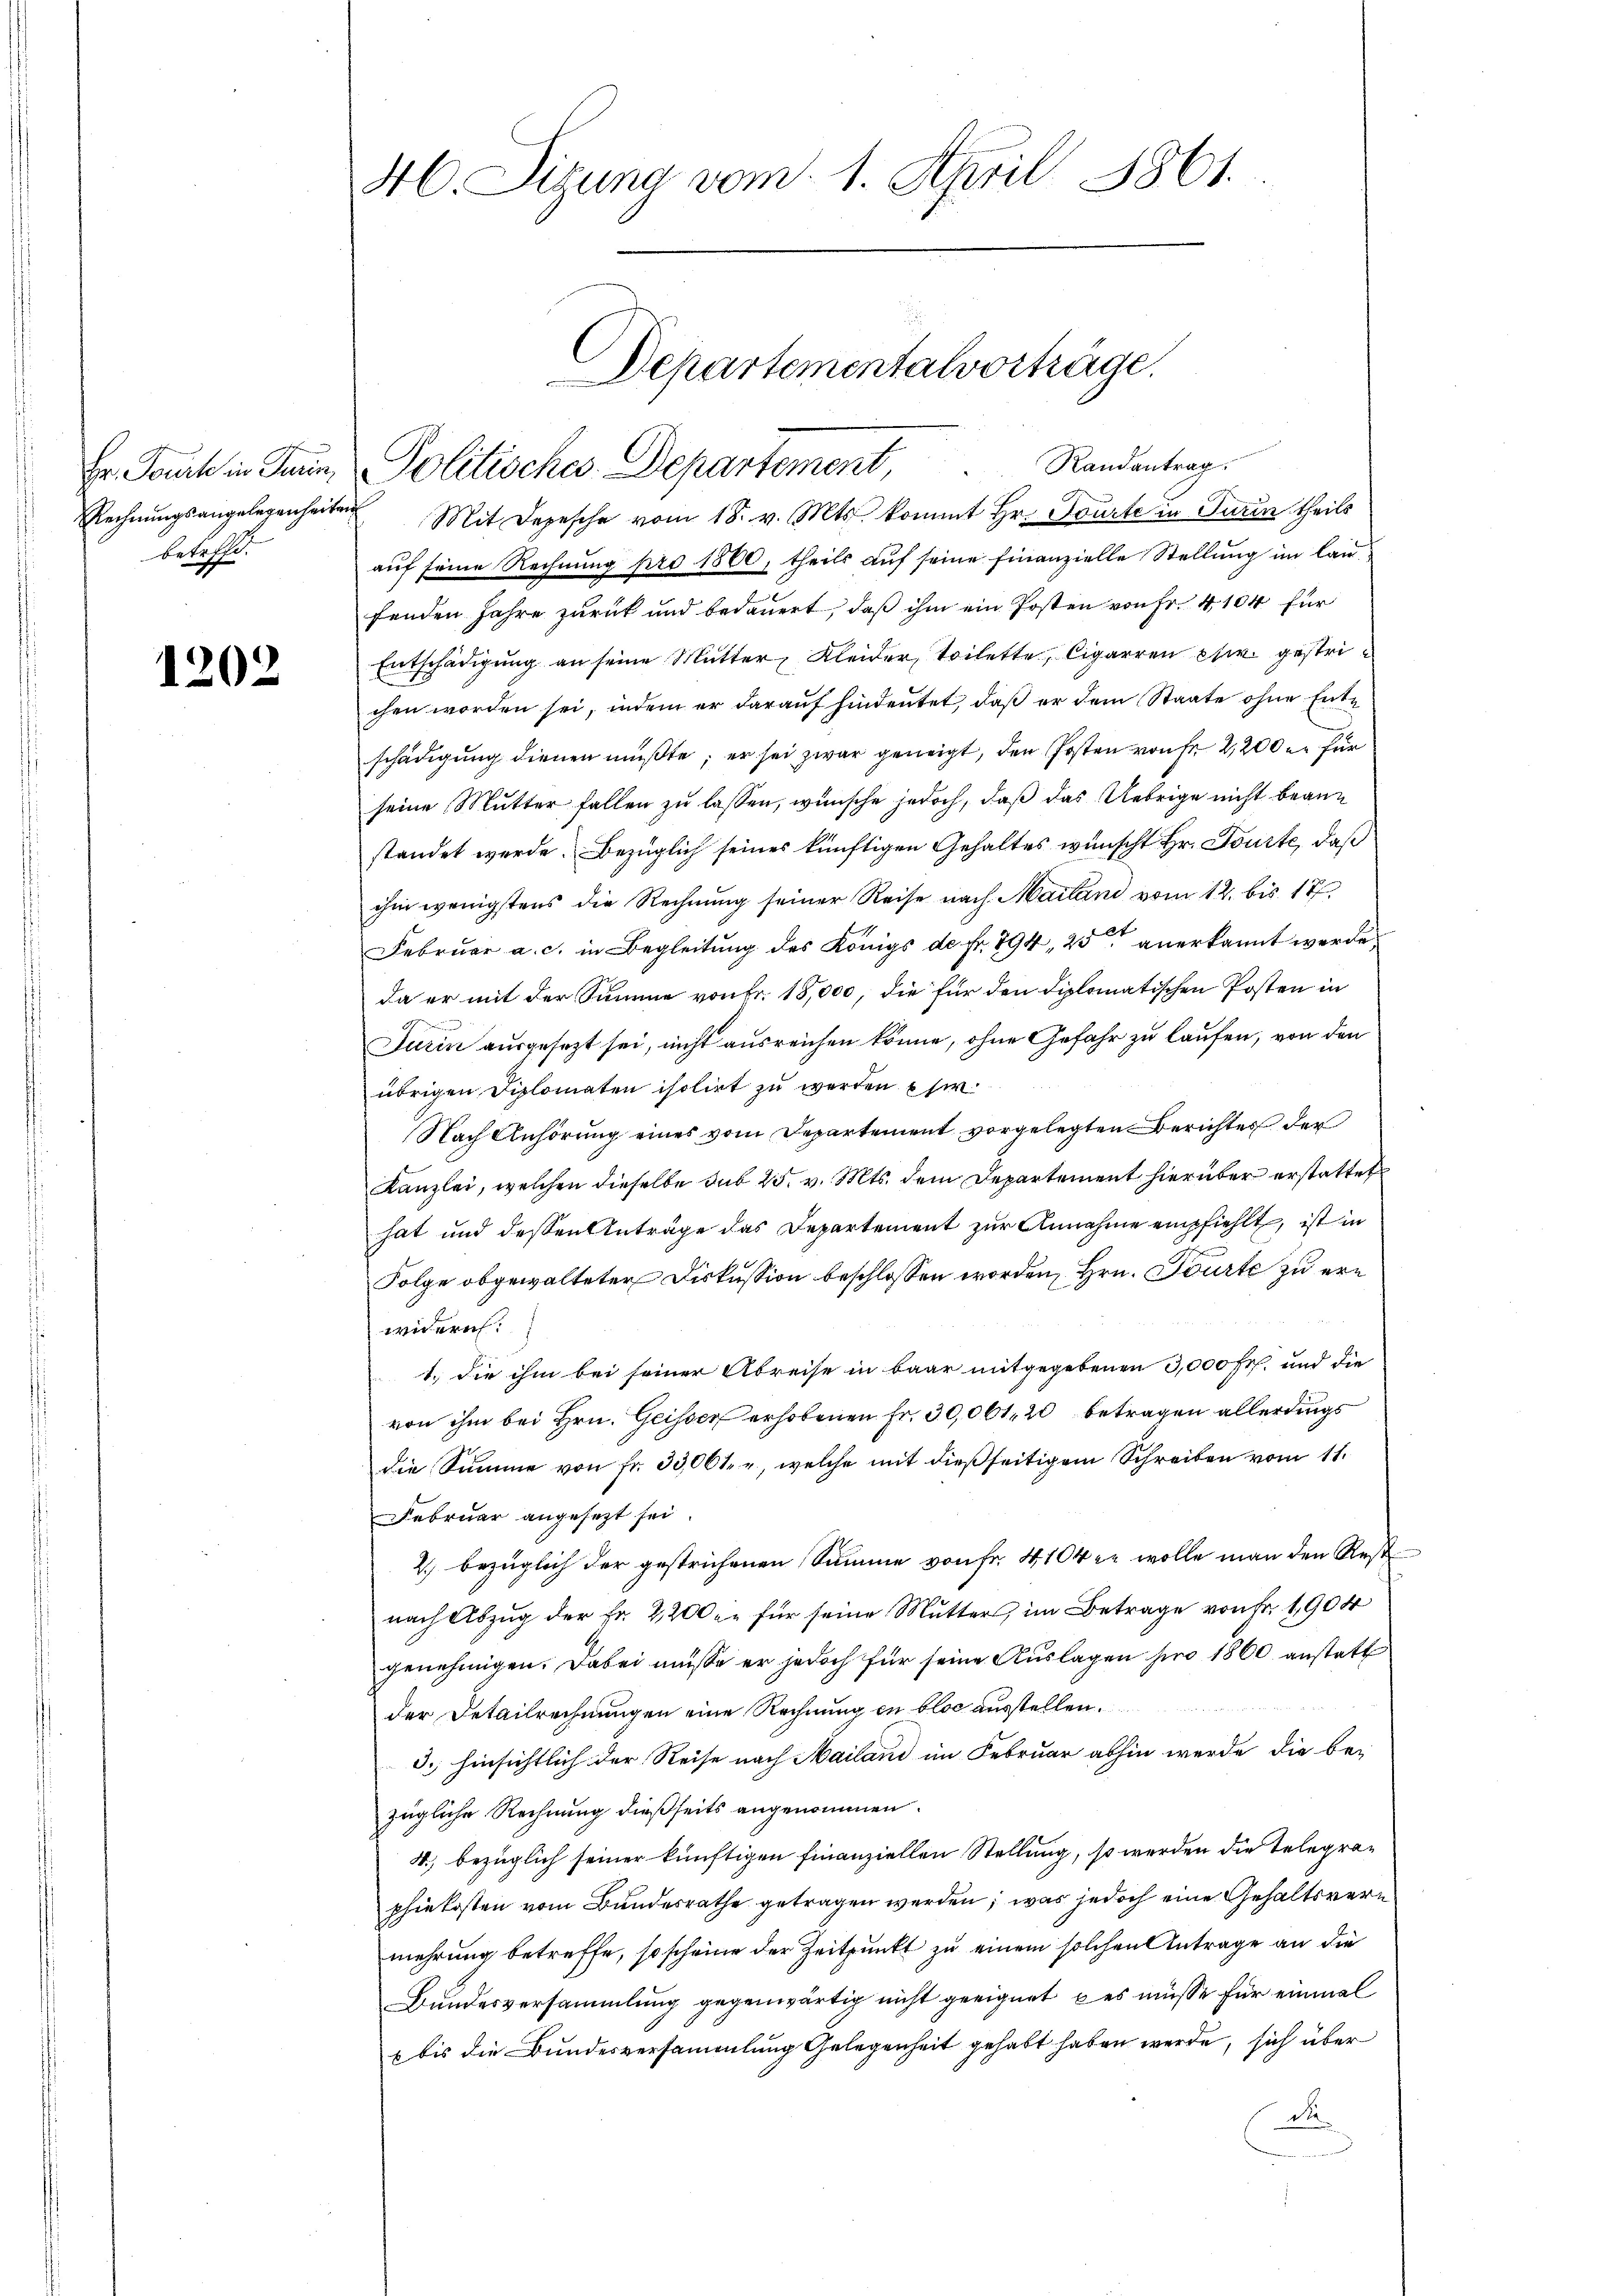
betreff.

1202

46. Sizung vom 1. April 1861.

Departementalvorträge.
Er Jauk in Fein Politisches Departement, Randantrag.

Rechnungsangelegenheiten Mit Depesche vom 18. v. Mts. kommt Hr. Fauste in Turin theils
auf seine Rechnung pro 1860, theils auf seine finanzielle Stellung im laufenden Jahre zurück und bedauert, daß ihm ein Posten von Fr. 4104 für
Entschädigŭng an seine Mutter, Kleider, Toilette, Cigarren etc. gestrichen worden sei, indem er darauf hindeutet, daß er dem Staate ohne Entschädigung dienen müßte; er sei zwar geneigt, den Posten von fr 2,200 er für
seine Mutter fallen zu lassen, wünsche jedoch, daß das Uebrige nicht beanstandet werde. Bezüglich seines künftigen Gehaltes wünscht Hr. Sonste, daß
ihm wenigstens die Rechnung seiner Reise nach Mailand vom 12. bis 17.
Februar a. c. in Begleitung des Königs de fr. 794, 25 anerkannt werde,
da er mit der Summe von Fr. 18,000, die für den diplomatischen Posten in
Turin ausgesezt sei, nicht ausreichen könne, ohne Gefahr zu laufen, von den
übrigen Diplomaten isoliet zu werden sie
Nach Anhörung eines vom Departement vorgelegten Berichtes der
Kanzlei, welchen dieselbe sub 25. v. Mts. dem Departement hierüber erstattet
hat und dessen Anträge das Departement zur Annahme empfiehlt, ist in
Folge obgewalteter Diskussion beschlossen worden, Hrn. Tourte zu erwidern:
1.) Die ihm bei seiner Abreise in baar mitgegebenen 3,000 Fr. und die
von ihm bei Hrn. Geisser erhobenen Fr. 30,061, 20 betragen allerdings
die Summe von fr. 33,061 , welche mit dießseitigem Schreiben vom 11.
Februar angesezt sei.
2.) bezüglich der gestrichenen Summe von Fr. 4104 er wolle man den Rest
nach Abzug der Fr. 2,200. für seine Mutter, im Betrage von Fr. 1904
genehmigen. Dabei müsse er jedoch für seine Auslagen pro 1860 anstatt
der Detailrechnungen eine Rechnung in blos ausstellen.
3.) hinsichtlich der Reise nach Mailand im Februar abhin werde die be-
zügliche Rechnung dießseits angenommen.
4) bezüglich seiner künftigen Finanziellen Stellung, so werden die Telegraphiekosten vom Bundesrathe getragen werden; was jedoch eine Gehaltsvermehrung betreffe, so scheine der Zeitpunkt zu einem solchen Antrage an die
Bundesversammlung gegenwärtig nicht geeignet, es müsse für einmal
 bis die Bundesversammlung Gelegenheit gehabt haben werde, sich über
di